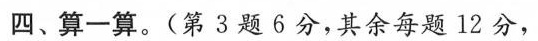
四、算一算。(第3题6分，其余每题12分，